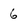
Character: 6